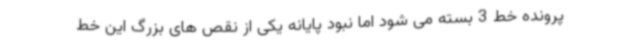
پرونده خط 3 بسته می شود اما نبود پایانه یکی از نقص های بزرگ این خط